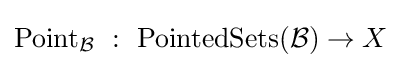
\operatorname {Point} _{\mathcal {B}}~:~\operatorname {PointedSets} ({\mathcal {B}})\to X